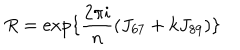
LaTeX: R = { \mathrm { e x p } } \{ \frac { 2 \pi i } { n } \left( J _ { 6 7 } + k J _ { 8 9 } \right) \}